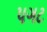
પગટ